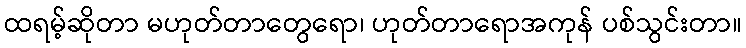
ထရမ့်ဆိုတာ မဟုတ်တာတွေရော၊ ဟုတ်တာရောအကုန် ပစ်သွင်းတာ။